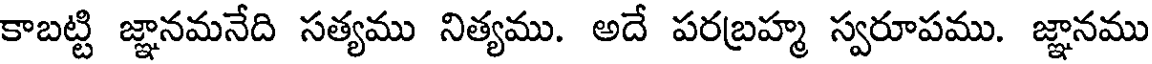
కాబట్టి జ్ఞానమనేది సత్యము నిత్యము. అదే పరబ్రహ్మ స్వరూపము. జ్ఞానము